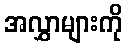
အလွှာများကို